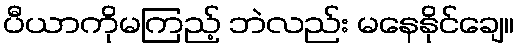
ပီယာကိုမကြည့် ဘဲလည်း မနေနိုင်ချေ။